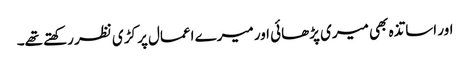
اور اساتذہ بھی میری پڑھائی اور میرے اعمال پر کڑی نظر رکھتے تھے۔